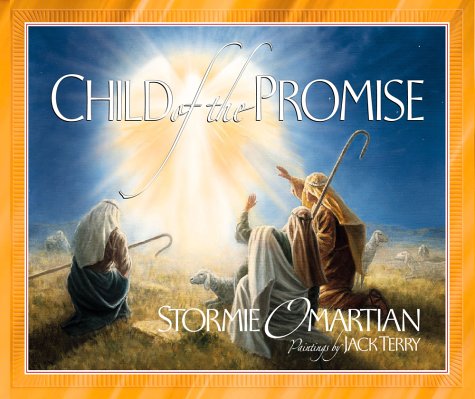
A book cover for Child of the Promise; Stormie Omartian; Christian Books & Bibles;